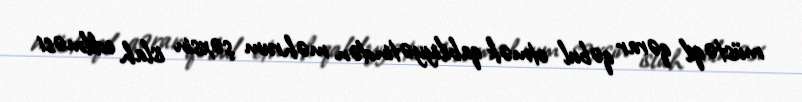
müstəqil qərar qəbul etmək qabiliyyətindən məhrum şəxsin islah edilməsi